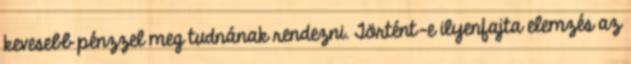
kevesebb pénzzel meg tudnának rendezni. Történt-e ilyenfajta elemzés az